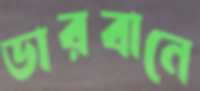
ডারবানে